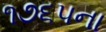
૧૭૬૫ના